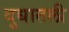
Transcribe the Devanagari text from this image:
दुधातली